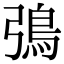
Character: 𬶿